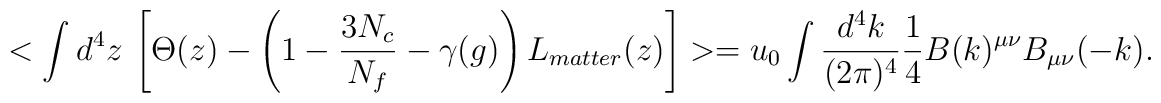
<\int d^4z~\left[ \Theta (z)-\left( 1-{\frac{3N_c}{N_f}}-\gamma(g)\right) L_{matter}(z)\right] >=u_0\int \frac{d^4 k}{(2\pi)^4}\frac{1}{4} B(k)^{\mu\nu}{B}_{\mu\nu}(-k).